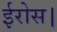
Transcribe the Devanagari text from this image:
ईरोस।